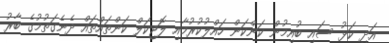
އަދި ކަޅު ސައި ބުއިމުން ކަންކަން ހައްލުކުރުމާއި ލޮޖިކަލް ކަންތައްތައް ދެނެގަތުމުގެ ބާރު